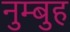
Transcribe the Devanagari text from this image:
नुम्बुह